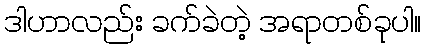
ဒါဟာလည်း ခက်ခဲတဲ့ အရာတစ်ခုပါ။